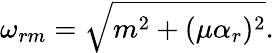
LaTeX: \omega_{rm}=\sqrt{m^{2}+(\mu\alpha_{r})^{2}}.